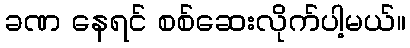
ခဏ နေရင် စစ်ဆေးလိုက်ပါ့မယ်။